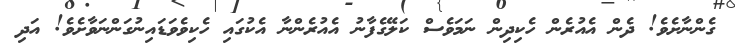
ގެންނާށެވެ! ދެން އެއުރެން ހެކިދިން ނަމަވެސް ކަލޭގެފާނު އެއުރެންނާ އެކުގައި ހެކިވެވަޑައިނުގަންނަވާށެވެ! އަދި